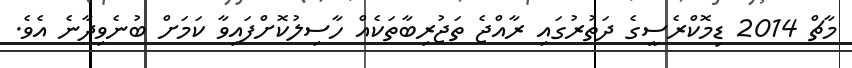
މާޗް 2014 ޑިމޮކްރެސީގެ ދަތުރުގައި ރާއްޖެ ތަޖުރިބާތަކެއް ހާސިލުކޮށްފައިވާ ކަމަށް ބުނެވިދާނެ އެވެ.